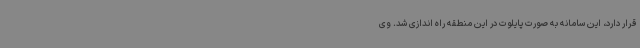
قرار دارد، این سامانه به صورت پایلوت در این منطقه راه اندازی شد. وی